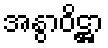
အနွာဝိဋ္ဌာ